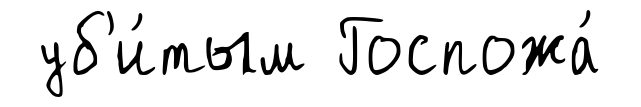
уб'и́тым Госпожа́